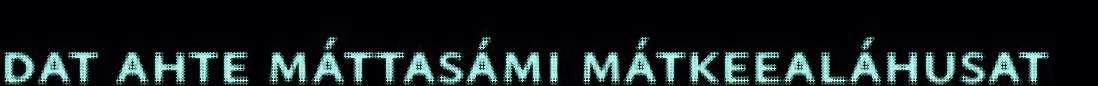
dat ahte máttasámi mátkeealáhusat